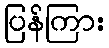
ပြန်ကြား